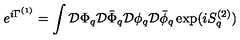
e ^ { i \Gamma ^ { ( 1 ) } } = \int { \cal D } \Phi _ { q } { \cal D } \bar { \Phi } _ { q } { \cal D } \phi _ { q } { \cal D } \bar { \phi } _ { q } \exp ( i S _ { q } ^ { ( 2 ) } )